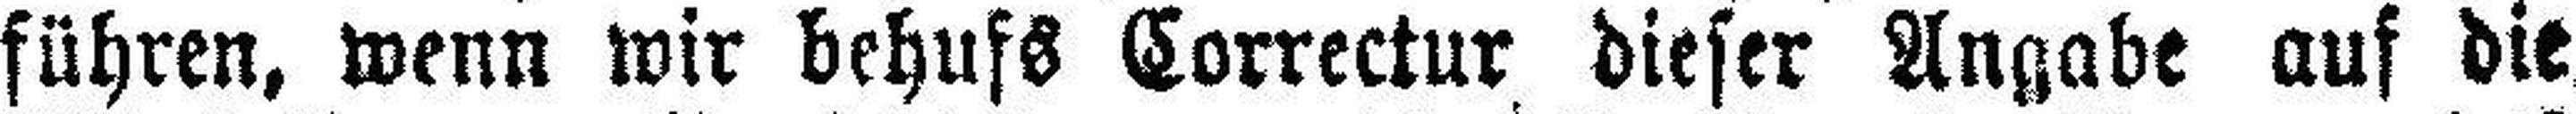
führen, wenn wir behufs Correctur dieser Angabe auf die